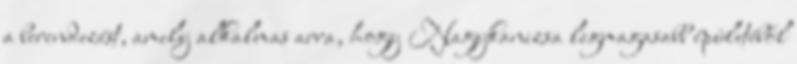
a berendezést, amely alkalmas arra, hogy Nagykanizsa legmagasabb épületéből